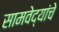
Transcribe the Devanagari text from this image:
सामवेद्यांचे